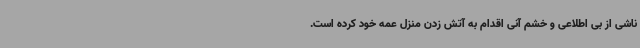
ناشی از بی اطلاعی و خشم آنی اقدام به آتش زدن منزل عمه خود کرده است.